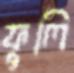
ফুলি